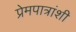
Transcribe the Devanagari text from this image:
प्रेमपात्रांशी